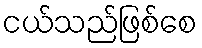
ငယ်သည်ဖြစ်စေ